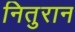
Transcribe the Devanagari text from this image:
नितुरान